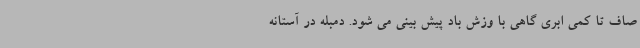
صاف تا کمی ابری گاهی با وزش باد پیش بینی می شود. دمبله در آستانه